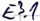
Text: E3.1